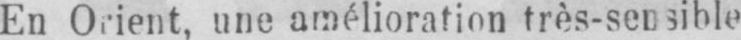
En Orient, une amélioration très-sensible